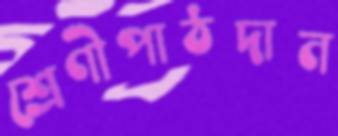
শ্রেণীপাঠদান